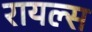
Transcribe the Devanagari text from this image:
रायल्स